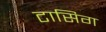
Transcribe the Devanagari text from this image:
टासिग